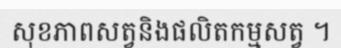
សុខភាពសត្វនិងផលិតកម្មសត្វ ។